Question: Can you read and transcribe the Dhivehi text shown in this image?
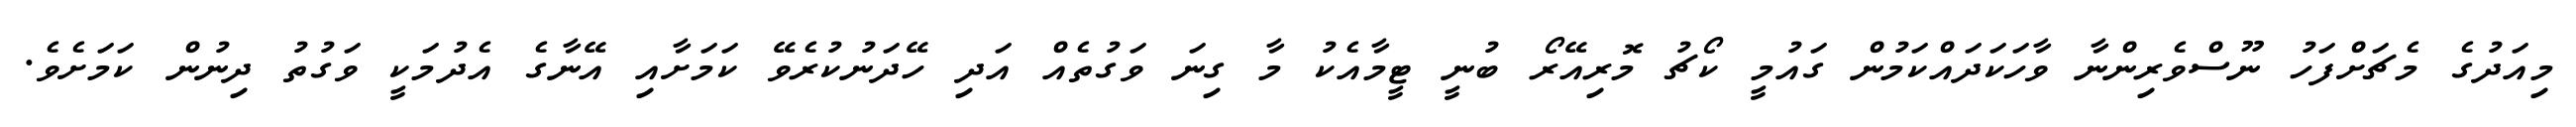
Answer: މިއަދުގެ މެޗަށްފަހު ނޫސްވެރިންނާ ވާހަކަދައްކަމުން ގައުމީ ކޯޗު މޮރިއޭރޯ ބުނީ ޓީމާއެކު މާ ގިނަ ވަގުތެއް އަދި ހޭދަނުކުރެވޭ ކަމަށާއި އޭނާގެ އެދުމަކީ ވަގުތު ދިނުން ކަމަށެވެ.